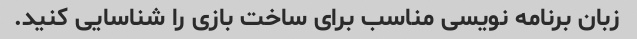
زبان برنامه نویسی مناسب برای ساخت بازی را شناسایی کنید.